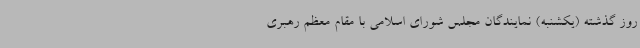
روز گذشته (یکشنبه) نمایندگان مجلس شورای اسلامی با مقام معظم رهبری